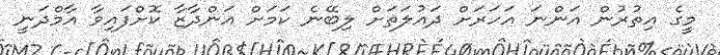
މީގެ އިތުރުން އަންނަ އަހަރަށް ދައުލަތަށް ލިބޭނެ ކަމަށް އަންދާޒާ ކޮށްފައިވާ އާމްދަނީ